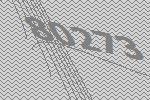
80273